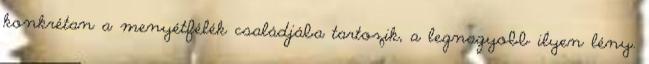
konkrétan a menyétfélék családjába tartozik, a legnagyobb ilyen lény.